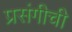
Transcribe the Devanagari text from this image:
प्रसंगीची